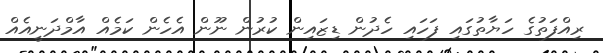
ރިއްފަތުގެ ހަޔާތުގައި ފަހައި ހެދުން ޑިޒައިން ކުރުން ނޫން އެހެން ކަމެއް އާމްދަނީއެއް